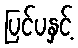
ပြင်ပနှင့်